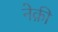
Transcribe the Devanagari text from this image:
नेक़ी